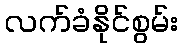
လက်ခံနိုင်စွမ်း